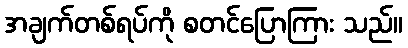
အချက်တစ်ရပ်ကို စတင်ပြောကြား သည်။